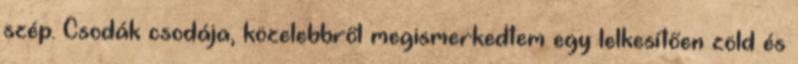
szép. Csodák csodája, közelebbről megismerkedtem egy lelkesítően zöld és